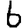
Digit: 6